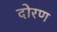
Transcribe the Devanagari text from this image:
दोरण